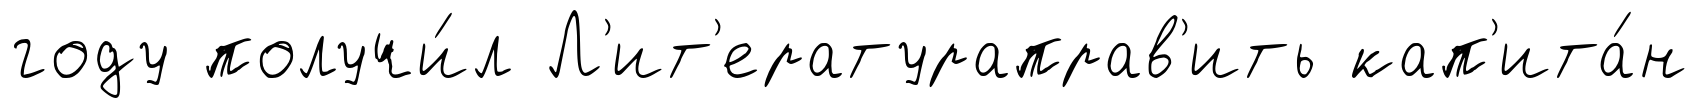
году получи́л Л'ит'ератураправ'ить кап'ита́н